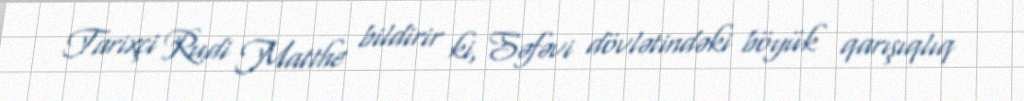
Tarixçi Rudi Matthe bildirir ki, Səfəvi dövlətindəki böyük qarışıqlıq